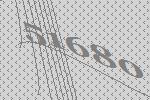
51680